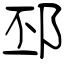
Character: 邳